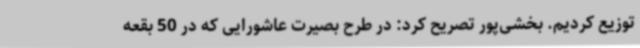
توزیع کردیم. بخشی‌پور تصریح کرد: در طرح بصیرت عاشورایی که در 50 بقعه